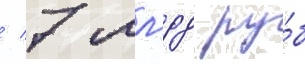
/ 7 млрд ру́б